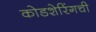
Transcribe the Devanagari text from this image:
कोडशेरिंगची